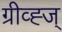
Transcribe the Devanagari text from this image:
ग्रीव्ह्ज्